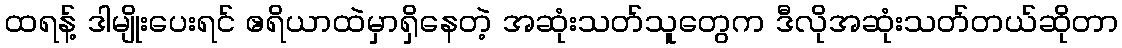
ထရန့် ဒါမျိုးပေးရင် ဧရိယာထဲမှာရှိနေတဲ့ အဆုံးသတ်သူတွေက ဒီလိုအဆုံးသတ်တယ်ဆိုတာ